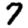
Digit: 7